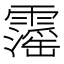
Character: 𩆍